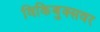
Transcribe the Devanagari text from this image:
विकिबुक्सवर